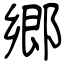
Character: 郷